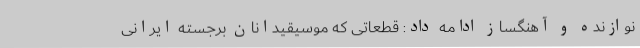
نوازنده و آهنگساز ادامه داد: قطعاتی که موسیقیدانان برجسته ایرانی